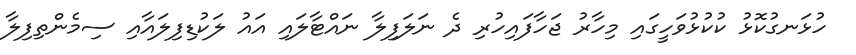
ހުޅަނގުކޮޅު ކުކުޅުވަހީގައި މިހާރު ޖަހާފައިހުރި ދެ ނަލަފިލާ ނައްޓާލައި އައު ލަކުޑިފިލައާއި ސިމެންތިފިލާ